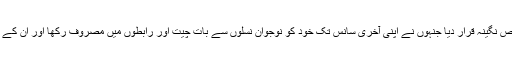
اسپیکر سمترا مہاجن نے ڈاکٹر کلام کو ہندوستان کا ایک ایسا خالص نگینہ قرار دیا جنہوں نے اپنی آخری سانس تک خود کو نوجوان نسلوں سے بات چیت اور رابطوں میں مصروف رکھا اور ان کے ذہنوں میں سائنسی علوم اور تجسس کی روح کی شمع روشن کی۔